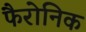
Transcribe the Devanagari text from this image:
फैरोनिक